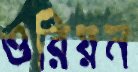
ওরিয়ন